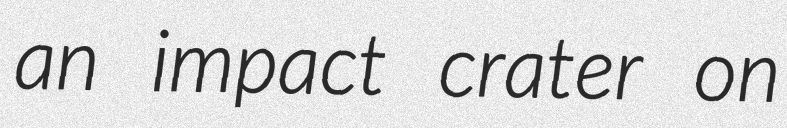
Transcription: an impact crater on